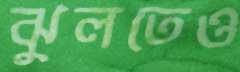
ঝুলতেও